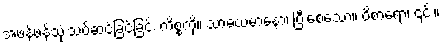
အဖန်ဖန်သုံးသပ်ဆင်ခြင်ခြင်း ကိစ္စကို။ သာဓယမာနော၊ ပြီးစေသော။ ဝိစာရော၊ ၎င်း။